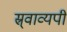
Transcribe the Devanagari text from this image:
स्र्वाव्यपी